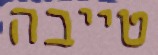
טייבה